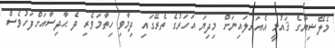
މެލޭޝިޔާގެ ޤައުމީ އެއަރލައިނަށް މިދިޔަ އަހަރުގެ ތެރޭގައި ދިމާވި ހިތާމަވެރި ދެ ޙާދިސާއަށްފަހުވެސް